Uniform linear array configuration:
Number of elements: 16
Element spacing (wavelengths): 0.25
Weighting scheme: hamming
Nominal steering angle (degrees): -45
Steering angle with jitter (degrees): -46.822
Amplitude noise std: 0.05
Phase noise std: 0.05

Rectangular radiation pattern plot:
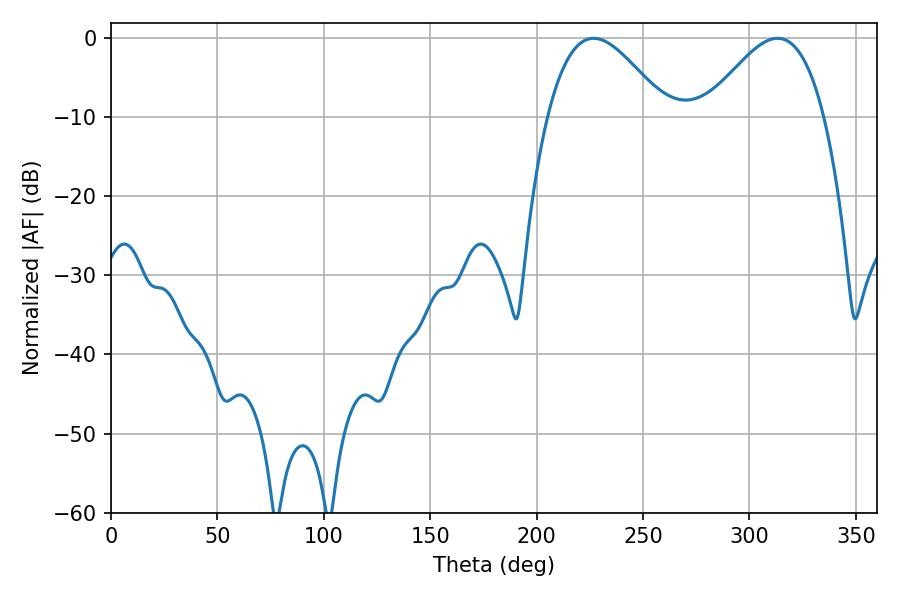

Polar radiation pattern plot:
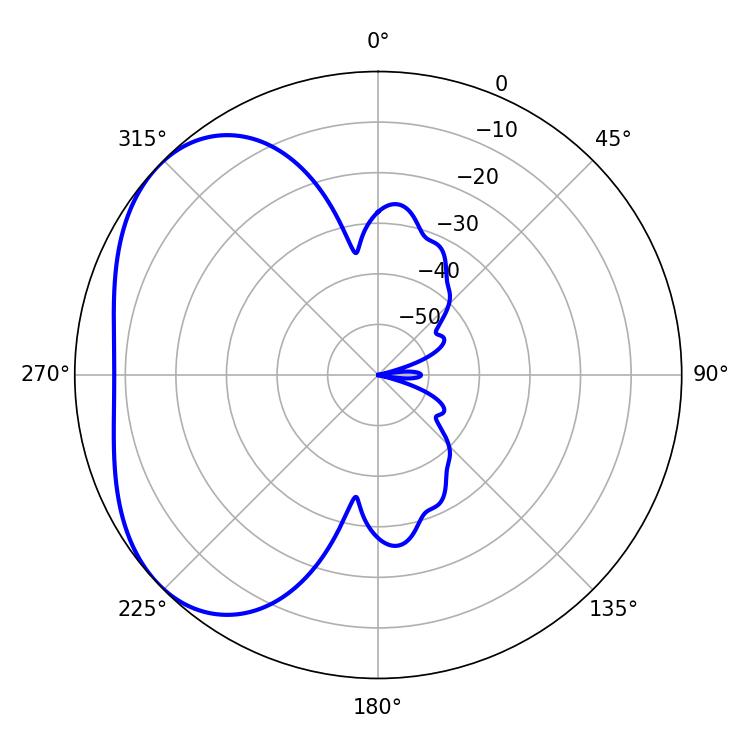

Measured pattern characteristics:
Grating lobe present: FALSE
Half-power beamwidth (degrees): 30.06
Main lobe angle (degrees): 226.8